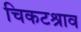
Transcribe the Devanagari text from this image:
चिकटश्राव